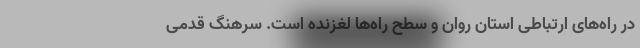
در راه‌های ارتباطی استان روان و سطح راه‌ها لغزنده است. سرهنگ قدمی